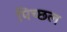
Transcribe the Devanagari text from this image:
पिच्छल